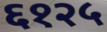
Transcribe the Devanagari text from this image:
६१२५